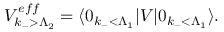
V _ { k _ { - } > \Lambda _ { 2 } } ^ { e f f } = \langle 0 _ { k _ { - } < \Lambda _ { 1 } } | V | 0 _ { k _ { - } < \Lambda _ { 1 } } \rangle .